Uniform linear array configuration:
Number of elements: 64
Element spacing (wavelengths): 0.75
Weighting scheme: cosine
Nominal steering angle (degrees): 45
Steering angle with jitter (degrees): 43.892
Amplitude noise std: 0.05
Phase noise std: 0.05

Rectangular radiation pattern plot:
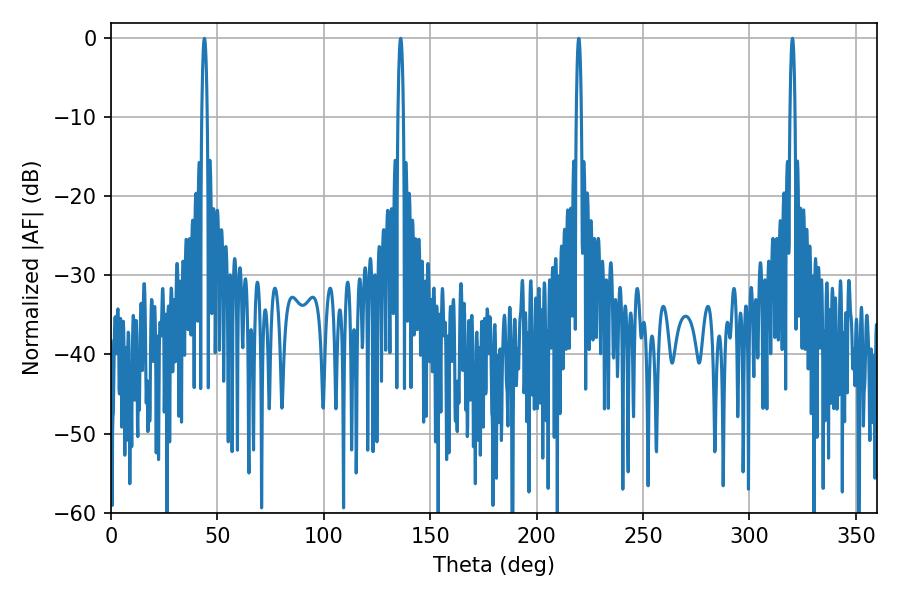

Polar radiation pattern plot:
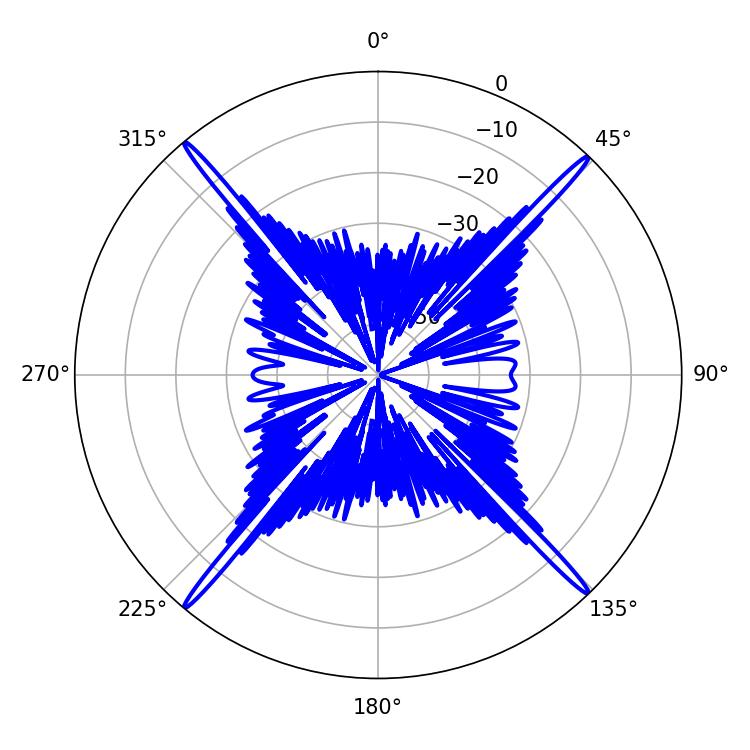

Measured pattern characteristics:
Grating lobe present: TRUE
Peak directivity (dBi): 25.591
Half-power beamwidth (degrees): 1.26
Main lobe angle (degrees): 219.78